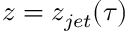
z = z _ { j e t } ( \tau )